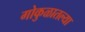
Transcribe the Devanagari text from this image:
गोकुळातल्या